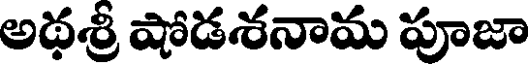
అథశ్రీ షోడశనామ పూజా